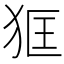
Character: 𤝿